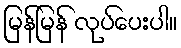
မြန်မြန် လုပ်ပေးပါ။